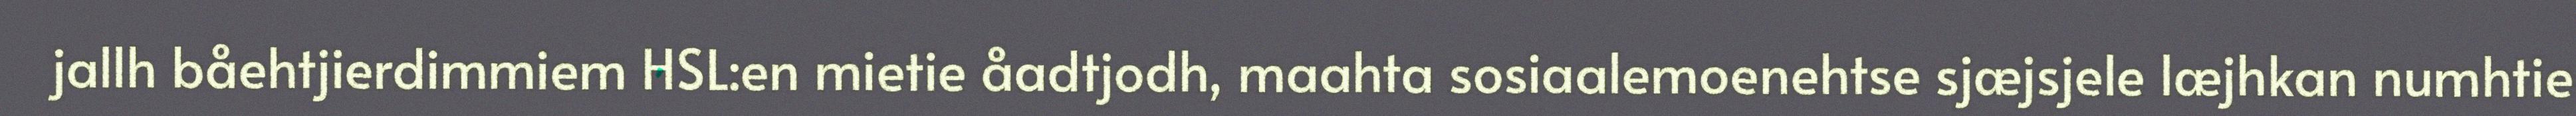
jallh båehtjierdimmiem HSL:en mietie åadtjodh, maahta sosiaalemoenehtse sjæjsjele læjhkan numhtie